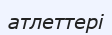
атлеттері